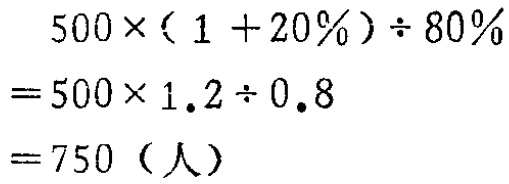
\[

\begin{align*}

&500\times(1 + 20\%)\div 80\%\\

=&500\times 1.2\div 0.8\\

=&750 (\text{人})

\end{align*}

\]